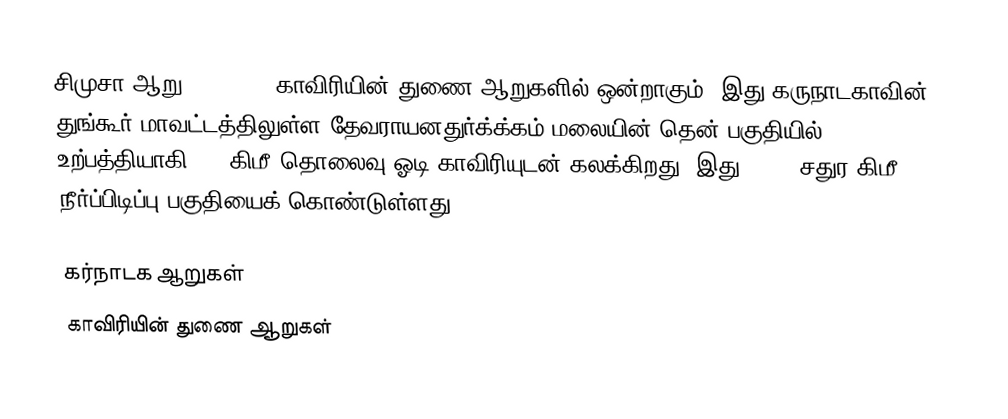
சிமுசா ஆறு (Shimsha) காவிரியின் துணை ஆறுகளில் ஒன்றாகும். இது கருநாடகாவின் துங்கூர் மாவட்டத்திலுள்ள தேவராயனதுர்க்க்கம் மலையின் தென் பகுதியில் உற்பத்தியாகி 221 கிமீ தொலைவு ஓடி காவிரியுடன் கலக்கிறது.  இது 8,469 சதுர கிமீ நீர்ப்பிடிப்பு பகுதியைக் கொண்டுள்ளது.

கர்நாடக ஆறுகள்
காவிரியின் துணை ஆறுகள்